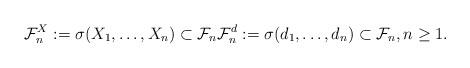
LaTeX: \begin{align*}\mathcal{F}^X_n := \sigma(X_1, \dots, X_n) \subset \mathcal{F}_n \mathcal{F}^d_n := \sigma(d_1, \dots, d_n) \subset \mathcal{F}_n,n \geq 1.\end{align*}